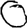
Digit: 0